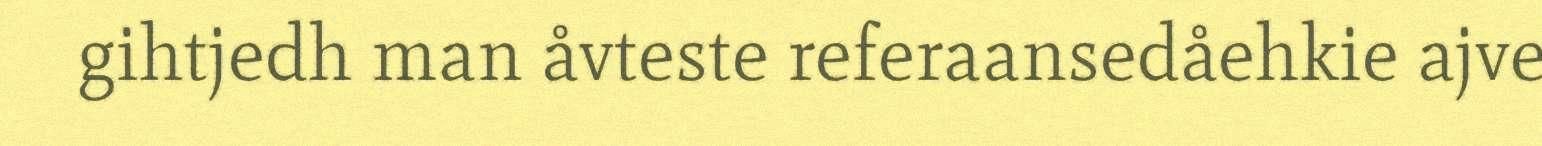
gihtjedh man åvteste referaansedåehkie ajve